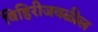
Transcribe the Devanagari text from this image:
विहिरीजवळील